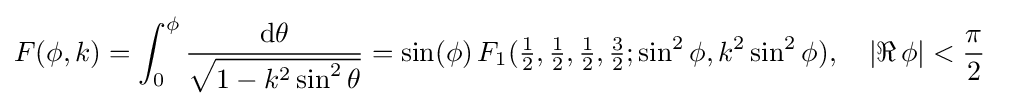
F(\phi ,k)=\int _{0}^{\phi }{\frac {\mathrm {d} \theta }{\sqrt {1-k^{2}\sin ^{2}\theta }}}=\sin(\phi )\,F_{1}({\tfrac {1}{2}},{\tfrac {1}{2}},{\tfrac {1}{2}},{\tfrac {3}{2}};\sin ^{2}\phi ,k^{2}\sin ^{2}\phi ),\quad |\Re \,\phi |<{\frac {\pi }{2}}~